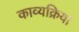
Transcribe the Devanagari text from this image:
काव्यक्रिया